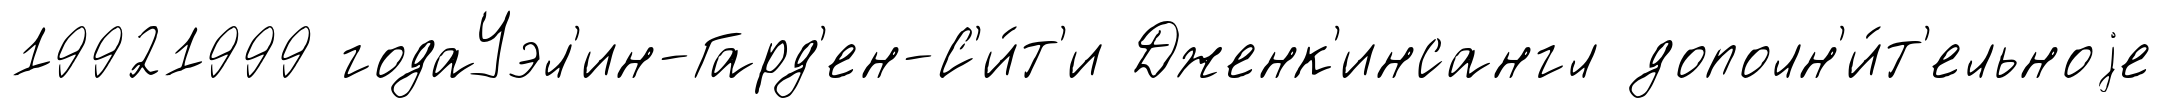
19921999 годаУэл'ин-Гард'ен-С'и́т'и Дженк'инсангл дополн'и́т'ельноjе